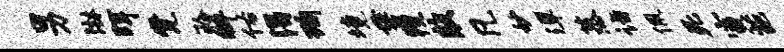
男淋珥觉聆拜佑渴洵境垂瘦敲凡妙潭蒸诣佩死寅葩